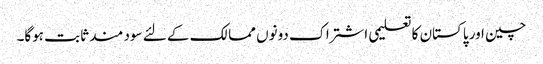
چین اور پاکستان کا تعلیمی اشتراک دونوں ممالک کے لئے سود مند ثابت ہوگا۔